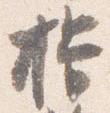
揖